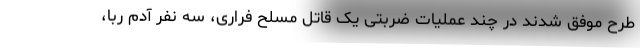
طرح موفق شدند در چند عملیات ضربتی یک قاتل مسلح فراری، سه نفر آدم ربا،